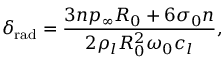
\delta _ { \mathrm { r a d } } = \frac { 3 n p _ { \infty } R _ { 0 } + 6 \sigma _ { 0 } n } { 2 \rho _ { l } R _ { 0 } ^ { 2 } \omega _ { 0 } c _ { l } } ,